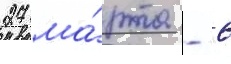
27 ма́рта - 6